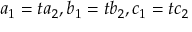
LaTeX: a _ { 1 } = t a _ { 2 } , b _ { 1 } = t b _ { 2 } , c _ { 1 } = t c _ { 2 }